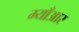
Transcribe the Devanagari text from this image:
म्याँआर